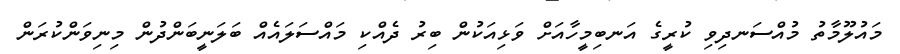
މައުލޫމާތު މުއްސަނދިވި ކުރީގެ އަނބިމީހާއަށް ވަޅިއަކުން ބިރު ދެއްކި މައްސަލައެއް ބަލަނީބަންދުން މިނިވަންކުރަން